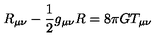
R _ { \mu \nu } - \frac { 1 } { 2 } g _ { \mu \nu } R = 8 \pi G T _ { \mu \nu }